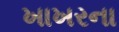
ખાખરના